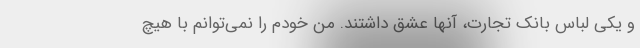
و یکی لباس بانک تجارت، آنها عشق داشتند. من خودم را نمی‌توانم با هیچ